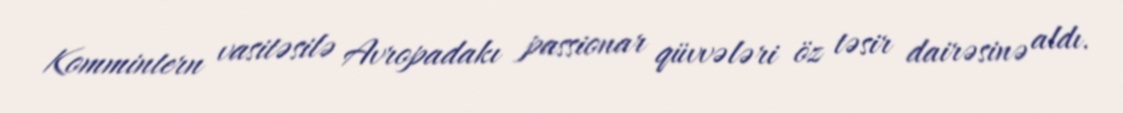
Kommintern vasitəsilə Avropadakı passionar qüvvələri öz təsir dairəsinə aldı.